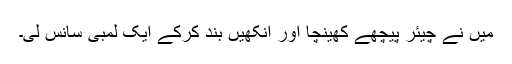
میں نے چیئر پیچھے کھینچا اور آنکھیں بند کرکے ایک لمبی سانس لی۔